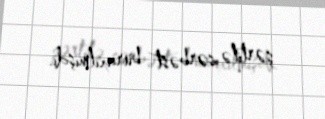
şərtilə sərbəst buraxılmışdı.